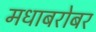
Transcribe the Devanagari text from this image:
मधाबरोबर